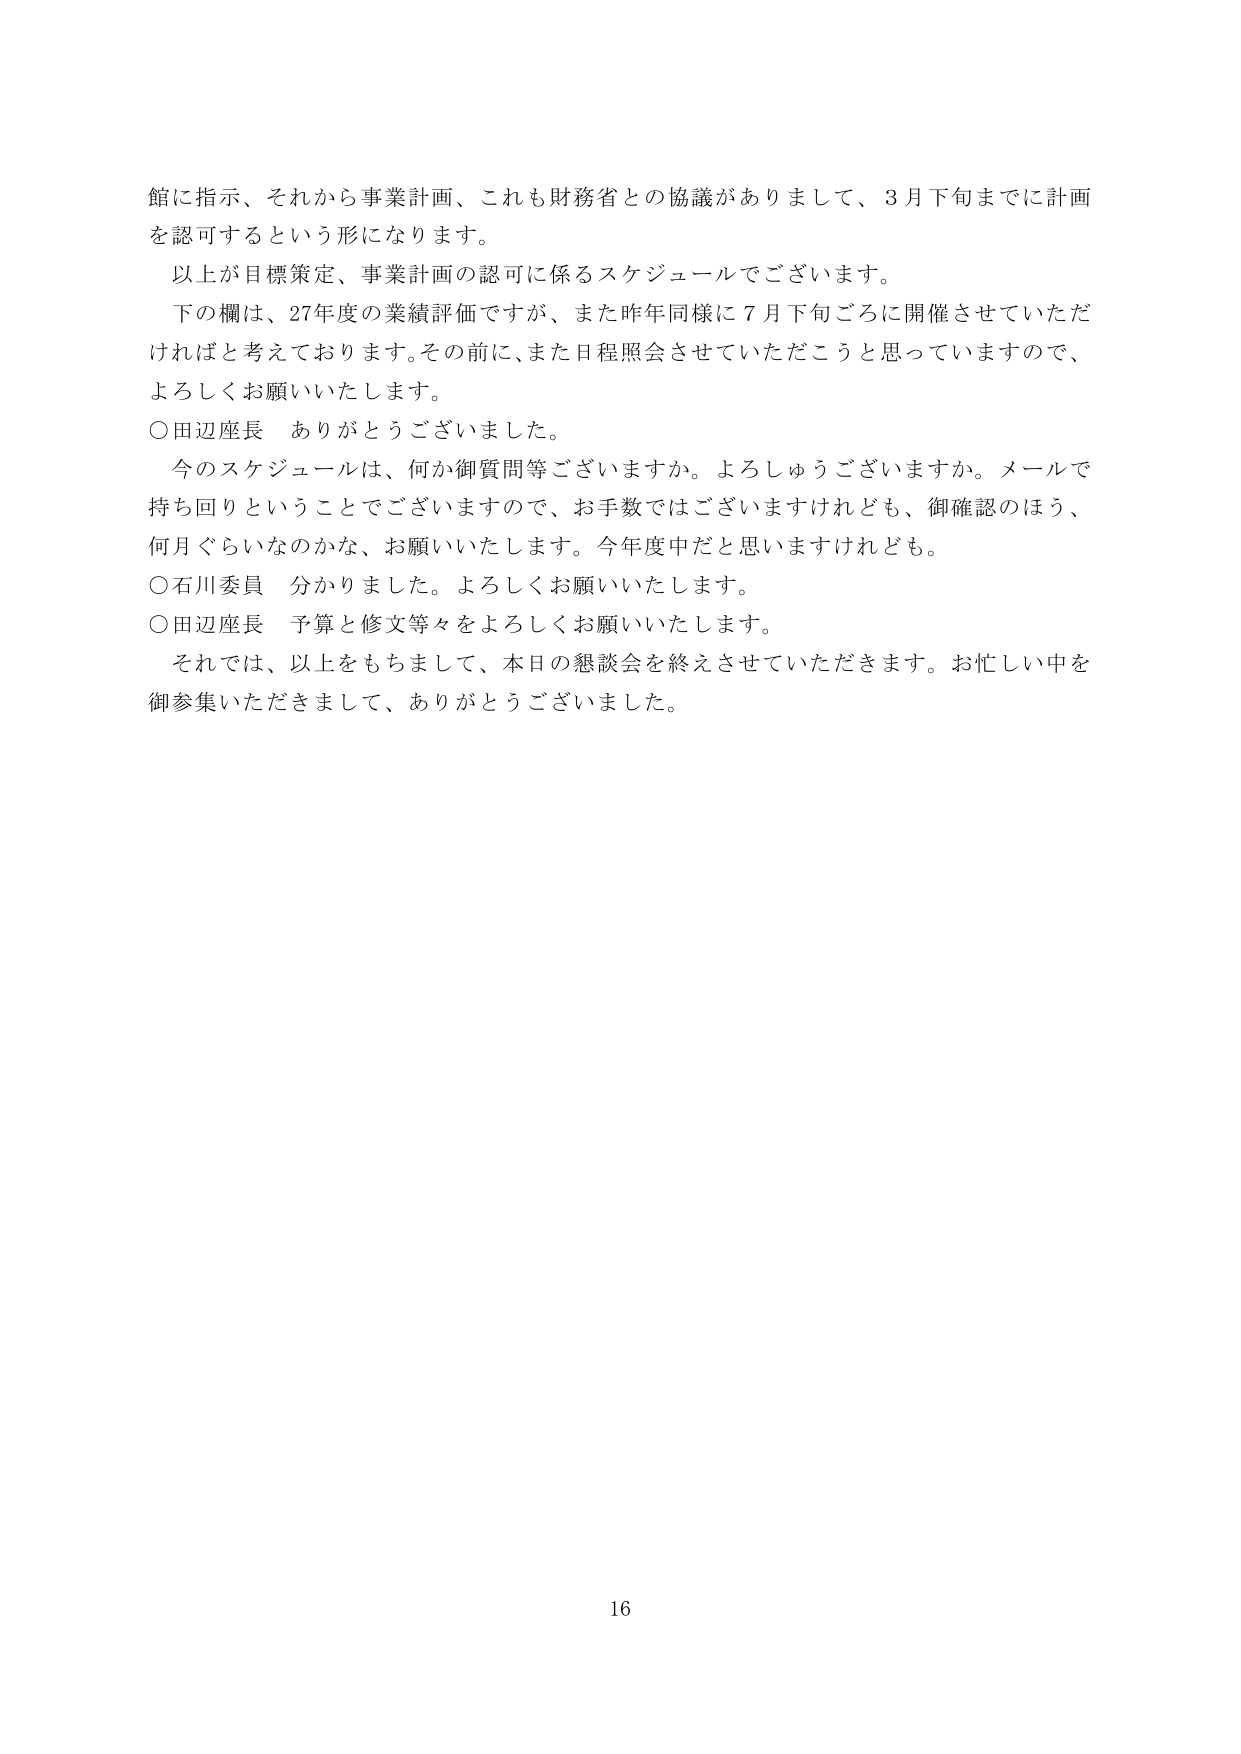
館に指示、それから事業計画、これも財務省との協議がありまして、3月下旬までに計画を認可するという形になります。
以上が目標策定、事業計画の認可に係るスケジュールでございます。
下の欄は、27年度の業績評価ですが、また昨年同様に7月下旬ごろに開催させていただければと考えております。その前に、また日程照会させていただこうと思っていますので、よろしくお願いいたします。
○田辺座長 ありがとうございました。
今のスケジュールは、何か御質問等ございますか。よろしゅうございますか。メールで持ち回りということでございますので、お手数ではございますけれども、御確認のほう、何月ぐらいなのかな、お願いいたします。今年度中だと思いますけれども。
○石川委員 分かりました。よろしくお願いいたします。
○田辺座長 予算と修文等々をよろしくお願いいたします。
それでは、以上をもちまして、本日の懇談会を終えさせていただきます。お忙しい中を御参集いただきまして、ありがとうございました。
16